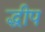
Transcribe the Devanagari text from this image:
द्धीप